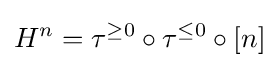
H^{n}=\tau ^{\geq 0}\circ \tau ^{\leq 0}\circ [n]